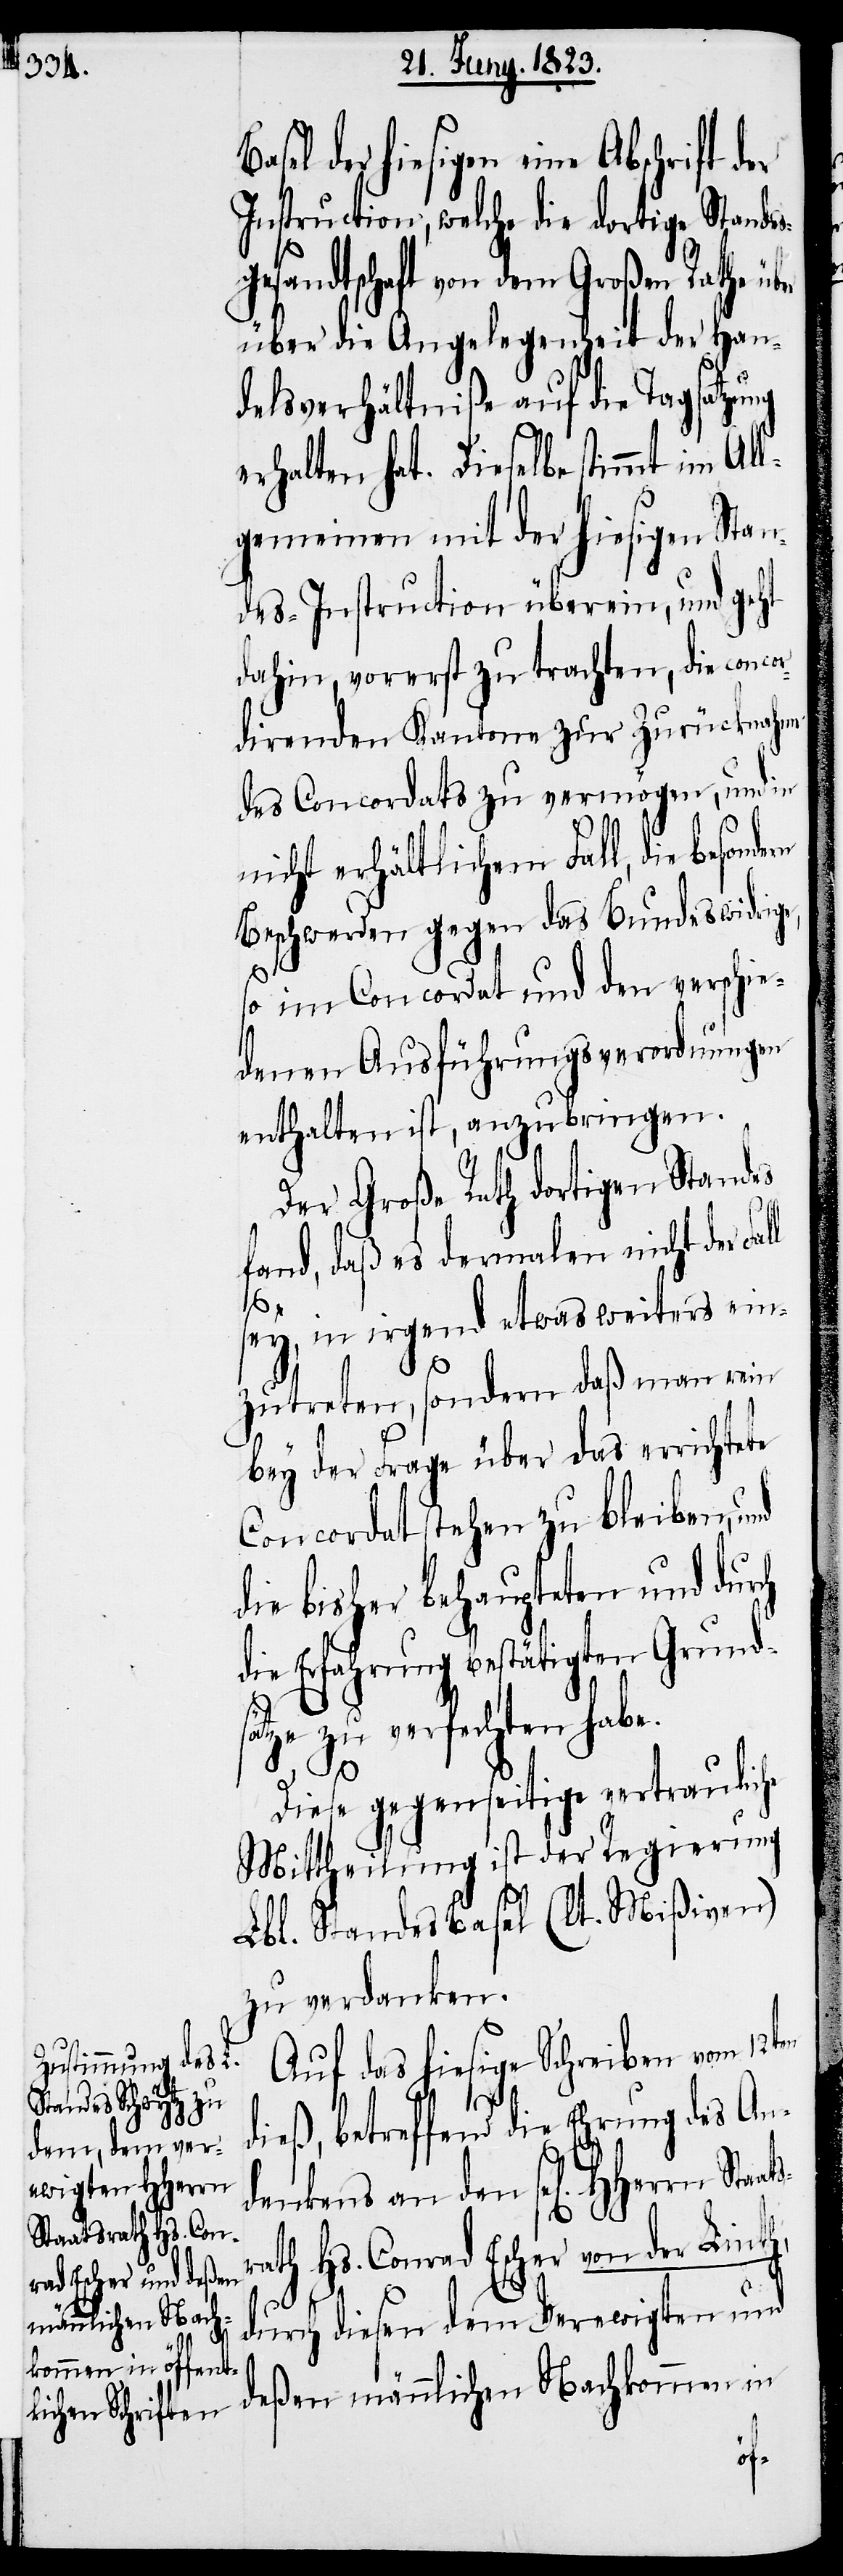
Basel der hiesigen eine Abschrift d¬
Instruction, welche die dortige Standes¬
gesandtschaft von dem Großen Rathe über
die Angelegenheit der Han¬
delsverhältniße auf die Tagsatzung
erhalten hat. Dieselbe stimmt im Al¬
gemeinen mit der hiesigen Stan¬
des-Instruction überein, und geht
dahin, vorerst zu trachten, die conco¬
rdirenden Kantone zur Zurücknahme
des Concordats zu vermögen, und in
nicht erhältlichem Fall, die besonde¬
Beschwerden gegen das Bundeswidrige,
so im Concordat und den verschie¬
denen Ausführungsverordnungen
enthalten ist, anzubringen.
Der Große Rath dortigen Standes
fand, daß es dermalen nicht der Fa¬
ll
sey, in irgend etwas weiters ein¬
zutreten, sondern daß man rein
bey der Frage über das errichtete
Concordat stehen zu bleiben,
die bisher behaupteten und durch
die Erfahrung bestätigten Grunds¬
ätze zu verfechten habe.
Diese gegenseitige vertrauliche
Mittheilung ist der Regierung
Lbl. Standes Basel (lt. Mißiven)
zu verdanken.
Auf das hiesige Schreiben vom 12ten
taatsr¬
dieß, betreffend die Ehrung des An¬
denkens an den sel[igen] HHe¬
ath Hs. Conrad Escher von der Linth,
durch diesen dem Verewigten und
deßen männlichen Nachkommen in
S¬